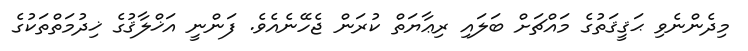
މިދެންނެވި ޙަޤީޤަތުގެ މައްޗަށް ބަލައި ރިޢާޔަތް ކުރަން ޖެހޭނެއެވެ. ފަންނީ އަޚްލާޤުގެ ޚިދުމަތްތަކުގެ